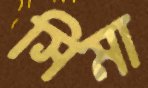
সিমা